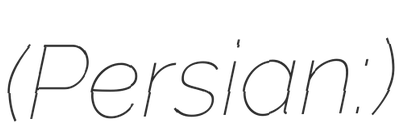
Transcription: (Persian: استخرسر)